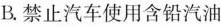
B.禁止汽车使用含铅汽油